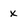
Character: x